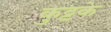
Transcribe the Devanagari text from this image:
कुट्टके